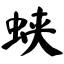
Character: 蛱